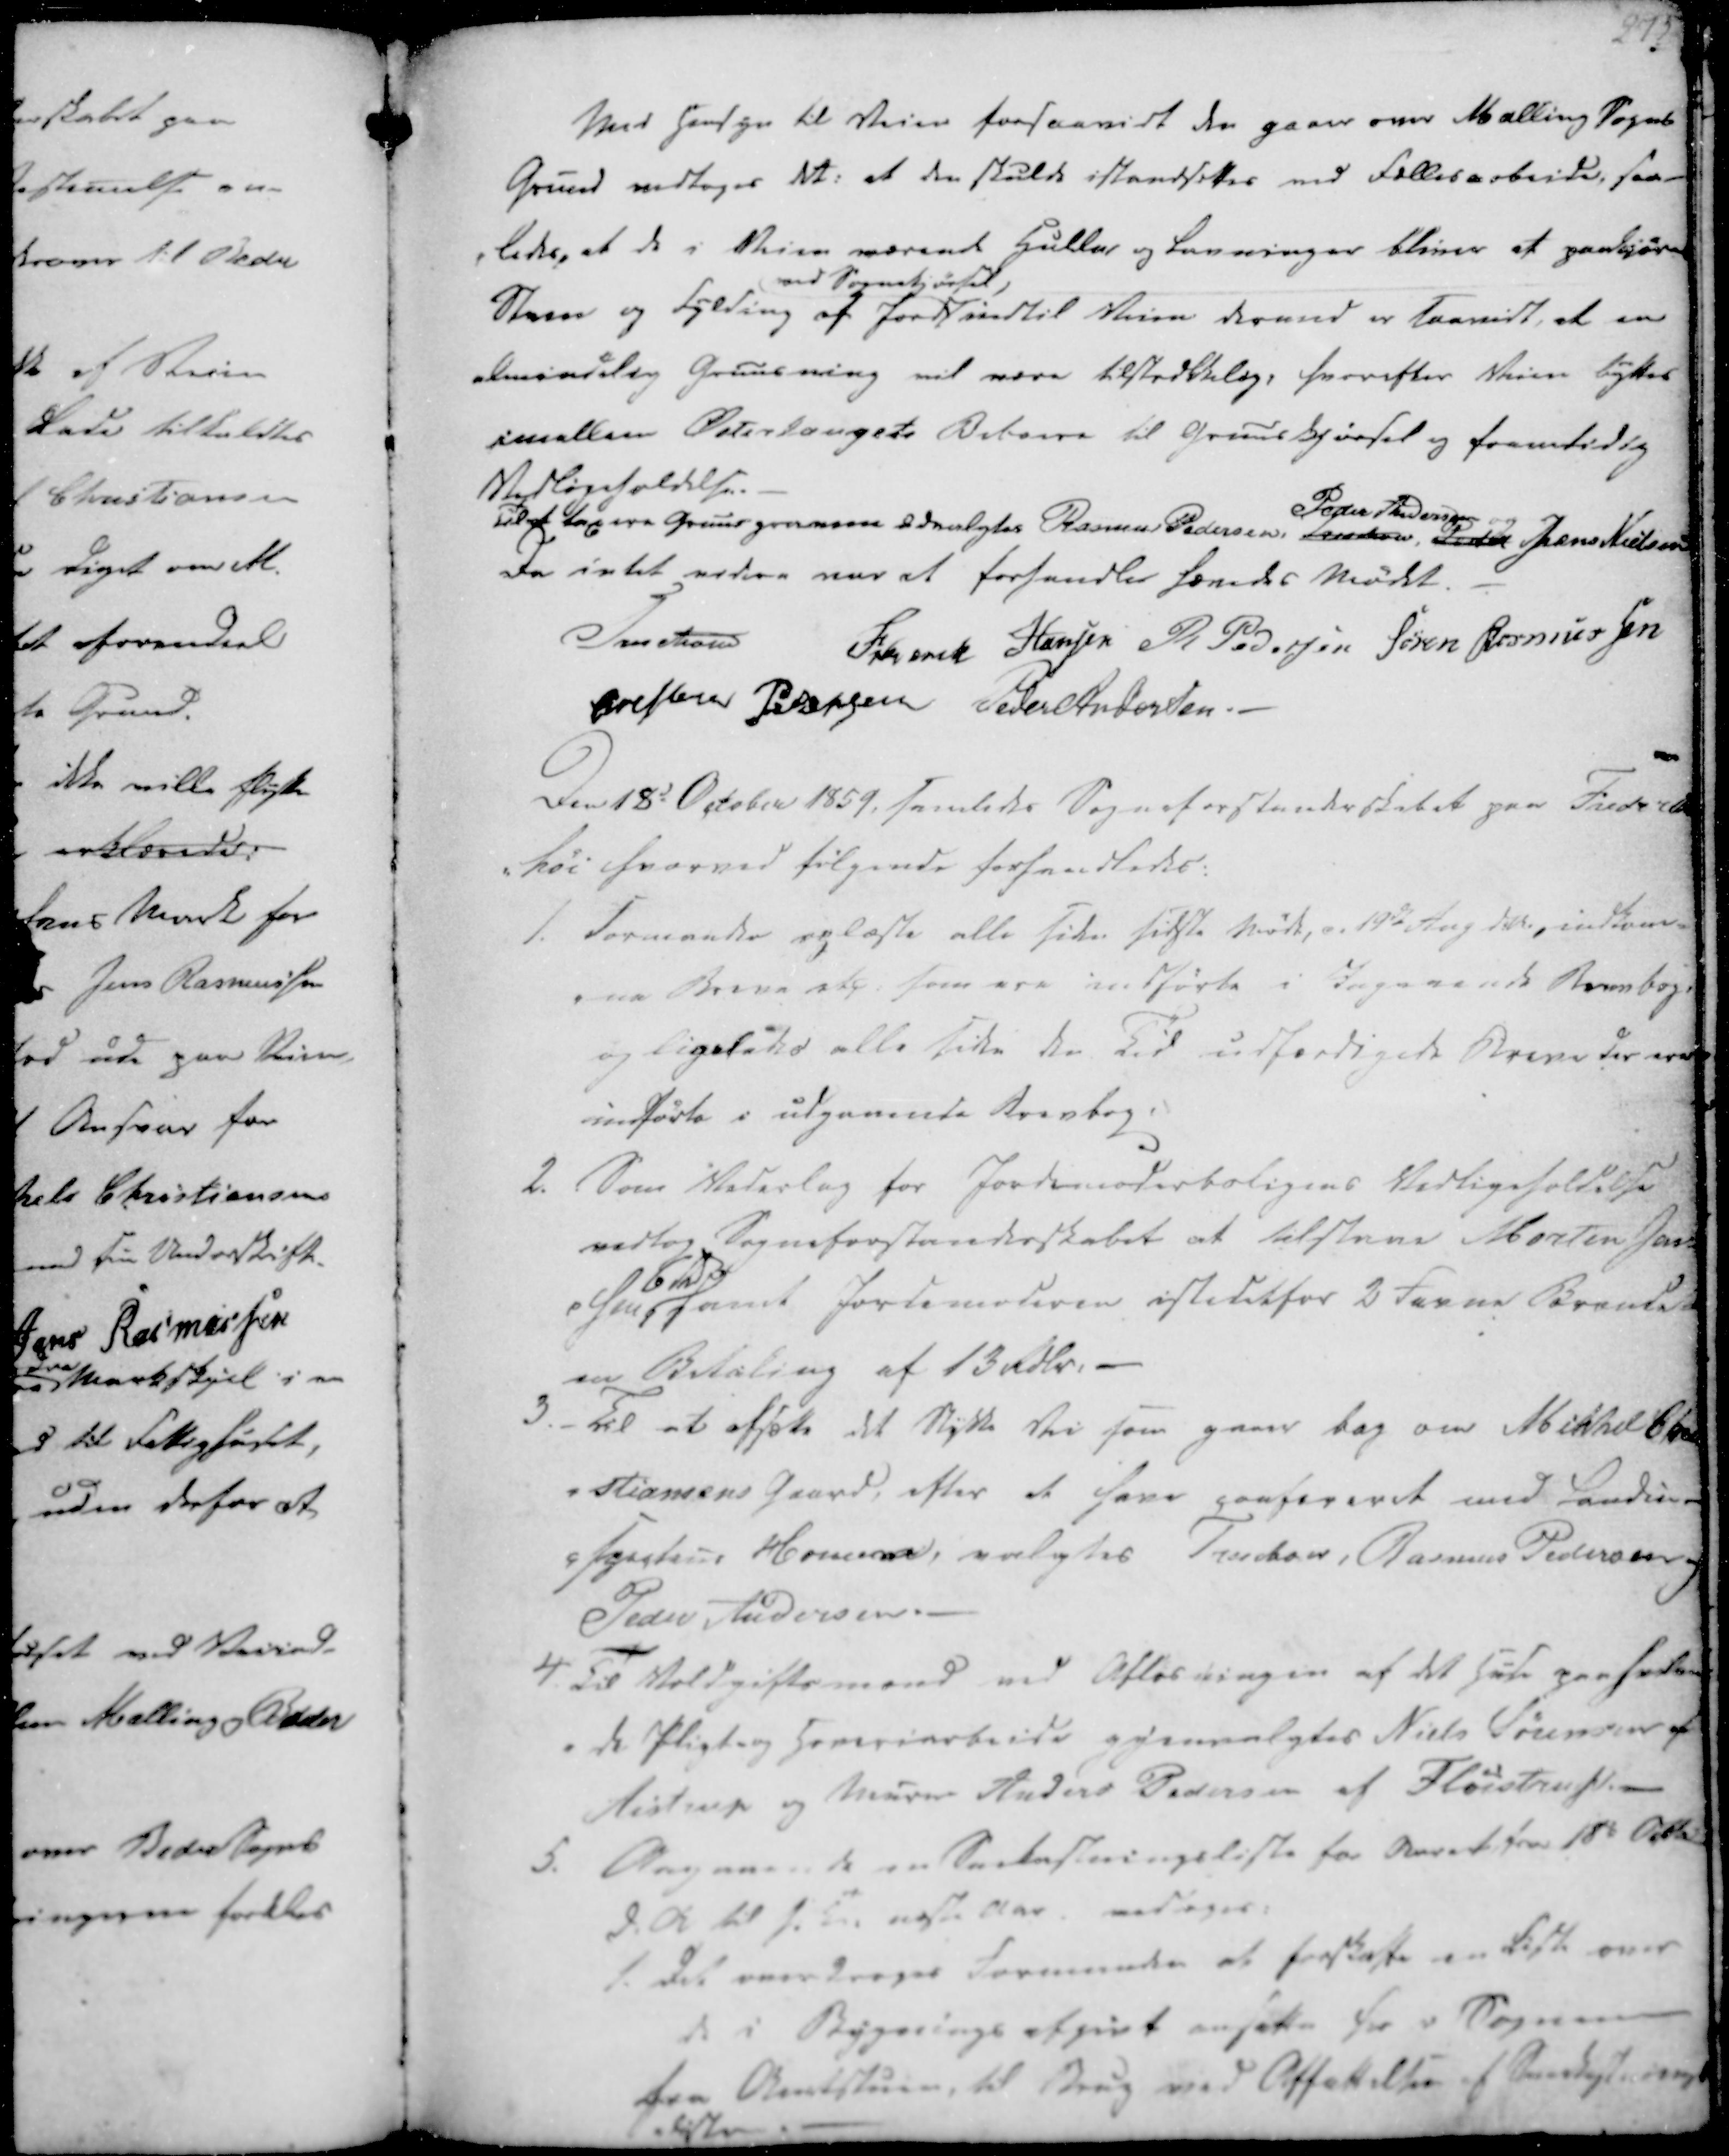
Transskription:
Med Hensyn til Veien forsaavidt den gaaer over Malling Sogns
Grund vedtoges det: at den skulde istandsettes ved Fællesarbeide, saa-
-ledes, at de i Veien værende Huller og Levninger bliver at paakjøre
Steen og fylding af Jord
ved Sognekjørsel,
indtil Veien dermed er saavidt, at en
almindelig Gruusning vil være tilstredkelig, hvorefter Veien byttes
imellem Østerlaugets Beboere til Gruusekjørsel og fremtidig
Vedligeholdelse.
Til at taxere Gruusgravene udvalgtes Rasmus Pedersen, Treschov, Peder
Peder Andersen og
Jens Nielsen

Da intet videre var at forhandle hævedes Mødet.
Treschov
Frederik Hansen
R. Pedersen
Søren Rasmussen
Christen Pedersen
Peder Andersen

Den 18d October 1859, samledes Sogneforstanderskabet paa Frederiks
-høi, hvorved følgende forhandledes:

1. Formanden oplæste alle siden sidste Møde, d. 19de Aug d.A., indkom-
-ne Breve etc. som ere indførte i Ingaaende Brevbog,
og ligeledes alle siden den Tid udfærdigede Breve der ere
indførte i udgaaende Brevbog.
2. Som Vederlag for Jordemoderboligens Vedligeholdelse
vedtog Sogneforstanderskabet at tilstaae Morten Jen-
-sens
6 Rd
samt Jordemoderen istedetfor 2 Favne Brænde
en Betaling af 13 Rdlr.
3.- Til at afsætte det stykke Vei som gaaer bag om Mikkel Chri
-stiansens Gaard, efter at have paafeveret med Landin-
-specteur Homann, valgtes Treschov, Rasmus Pedersen og
Peder Andersen.

4. Til Voldgiftsmænd ved Afløsningen af det huse paaseden
-de Pligt og Hoverarbeide gjenvalgtes Niels Sørensen af
Aistrup og Murer Anders Pedersen af Fløistrup.
5. Angaaende en Snekastningsliste for Aaret fra 18de Octbr
d.A til s.D. næste Aar, vedtoges:
1. Det overdroges Formanden at forskaffe en Liste over
de i Bygnings afgivt ansatte her i Sognene
fra Amtstuen, til Brug ved Affattelsen af Snekastnings
-liste.